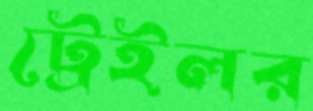
ট্রেইলর